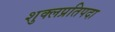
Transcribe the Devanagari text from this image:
शुक्लप्रतिपदा